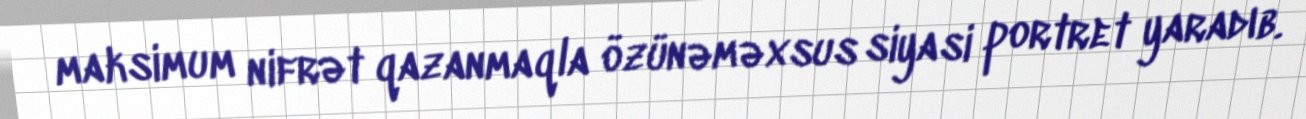
maksimum nifrət qazanmaqla özünəməxsus siyasi portret yaradıb.